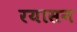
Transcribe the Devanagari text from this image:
रयासन